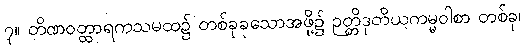
၇။ တိဏဝတ္ထာရကသမထ၌ တစ်ခုခုသောအဖို့၌ ဉတ္တိဒုတိယကမ္မဝါစာ တစ်ခု၊